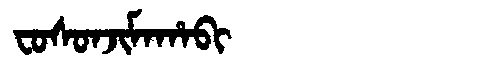
Manchu: ᠸᠣᠰᠣᠨᠵᡳᠮᠠᡥᠠᠪᡳ
Romanization: FOSONJIMAHABI